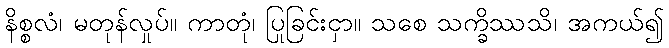
နိစ္စလံ၊ မတုန်လှုပ်။ ကာတုံ၊ ပြုခြင်းငှာ။ သစေ သက္ခိဿသိ၊ အကယ်၍